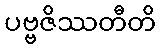
ပဗ္ဗဇိဿတီတိ